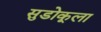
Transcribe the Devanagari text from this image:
सुडोकूला